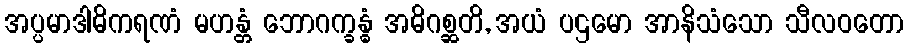
အပ္ပမာဒါဓိကရဏံ မဟန္တံ ဘောဂက္ခန္ဓံ အဓိဂစ္ဆတိ, အယံ ပဌမော အာနိသံသော သီလဝတော